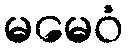
မမေဝံ